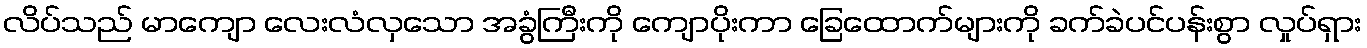
လိပ်သည် မာကျော လေးလံလှသော အခွံကြီးကို ကျောပိုးကာ ခြေထောက်များကို ခက်ခဲပင်ပန်းစွာ လှုပ်ရှား